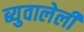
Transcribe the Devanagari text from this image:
ब्युवालेली